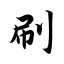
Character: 刷